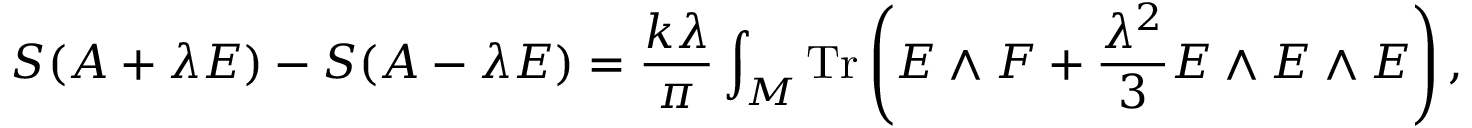
S ( A + \lambda E ) - S ( A - \lambda E ) = { \frac { k \lambda } { \pi } } \int _ { \cal M } \mathrm { T r } \left( E \wedge F + { \frac { \lambda ^ { 2 } } { 3 } } E \wedge E \wedge E \right) ,